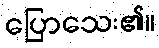
ပြောသေး၏။